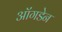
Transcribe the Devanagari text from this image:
ऑंगडेन